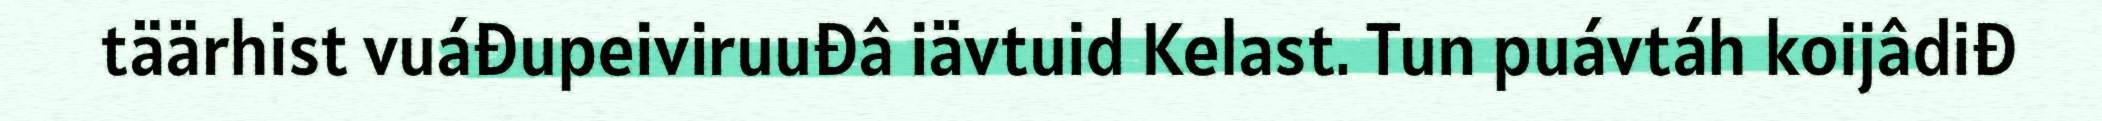
täärhist vuáđupeiviruuđâ iävtuid Kelast. Tun puávtáh koijâdiđ